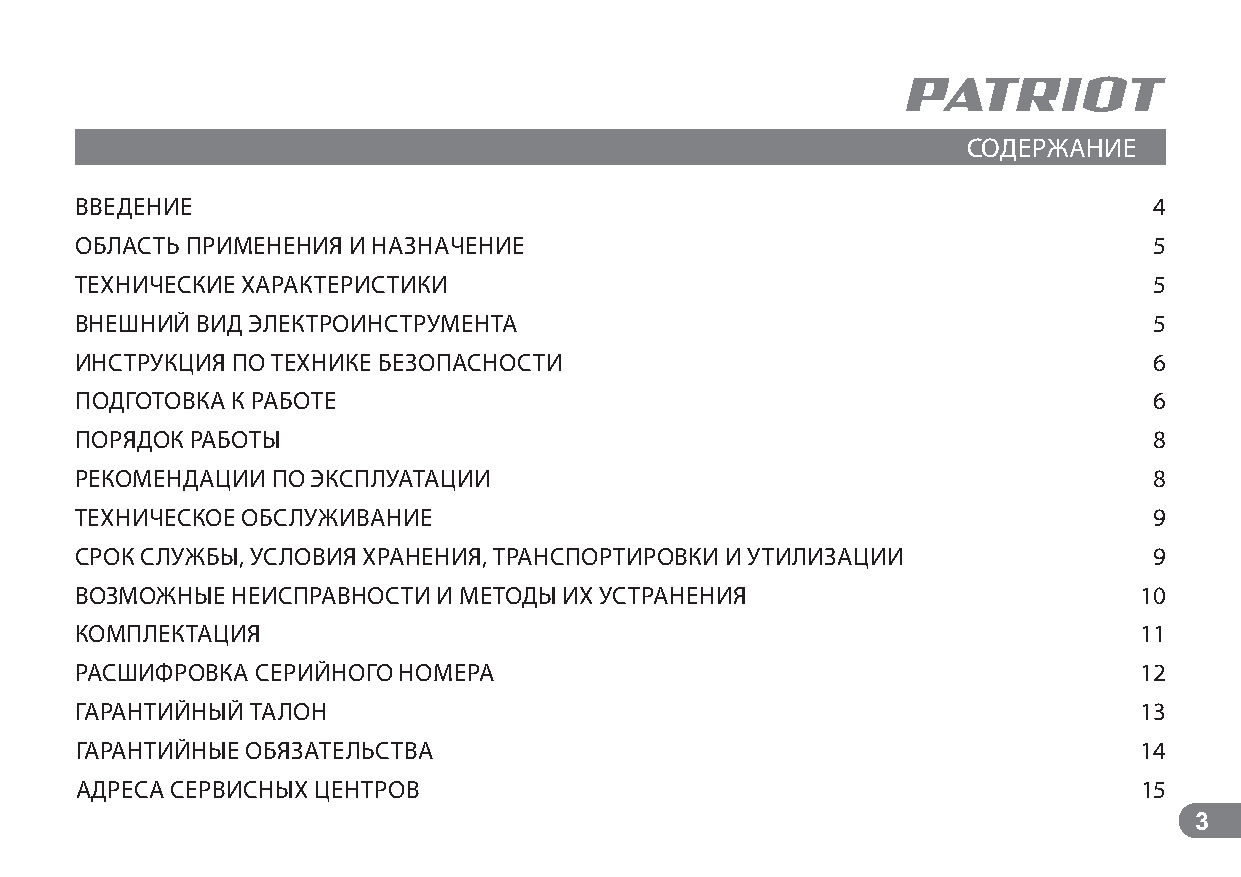
СОДЕРЖАНИЕ
 ВВЕДЕНИЕ                                                               4
 ОБЛАСТЬ ПРИМЕНЕНИЯ И НАЗНАЧЕНИЕ                                        5
 ТЕХНИЧЕСКИЕ ХАРАКТЕРИСТИКИ                                             5
 ВНЕШНИЙ ВИД ЭЛЕКТРОИНСТРУМЕНТА                                         5
 ИНСТРУКЦИЯ ПО ТЕХНИКЕ БЕЗОПАСНОСТИ                                     6
 ПОДГОТОВКА К РАБОТЕ                                                    6
 ПОРЯДОК РАБОТЫ                                                         8
 РЕКОМЕНДАЦИИ ПО ЭКСПЛУАТАЦИИ                                           8
 ТЕХНИЧЕСКОЕ ОБСЛУЖИВАНИЕ                                               9
 СРОК СЛУЖБЫ, УСЛОВИЯ ХРАНЕНИЯ, ТРАНСПОРТИРОВКИ И УТИЛИЗАЦИИ            9
 ВОЗМОЖНЫЕ НЕИСПРАВНОСТИ И МЕТОДЫ ИХ УСТРАНЕНИЯ                        10
 КОМПЛЕКТАЦИЯ                                                          11
 РАСШИФРОВКА СЕРИЙНОГО НОМЕРА                                          12
 ГАРАНТИЙНЫЙ ТАЛОН                                                     13
 ГАРАНТИЙНЫЕ ОБЯЗАТЕЛЬСТВА                                             14
 АДРЕСА СЕРВИСНЫХ ЦЕНТРОВ                                              15
 3